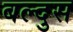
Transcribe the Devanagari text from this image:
बल्दुस